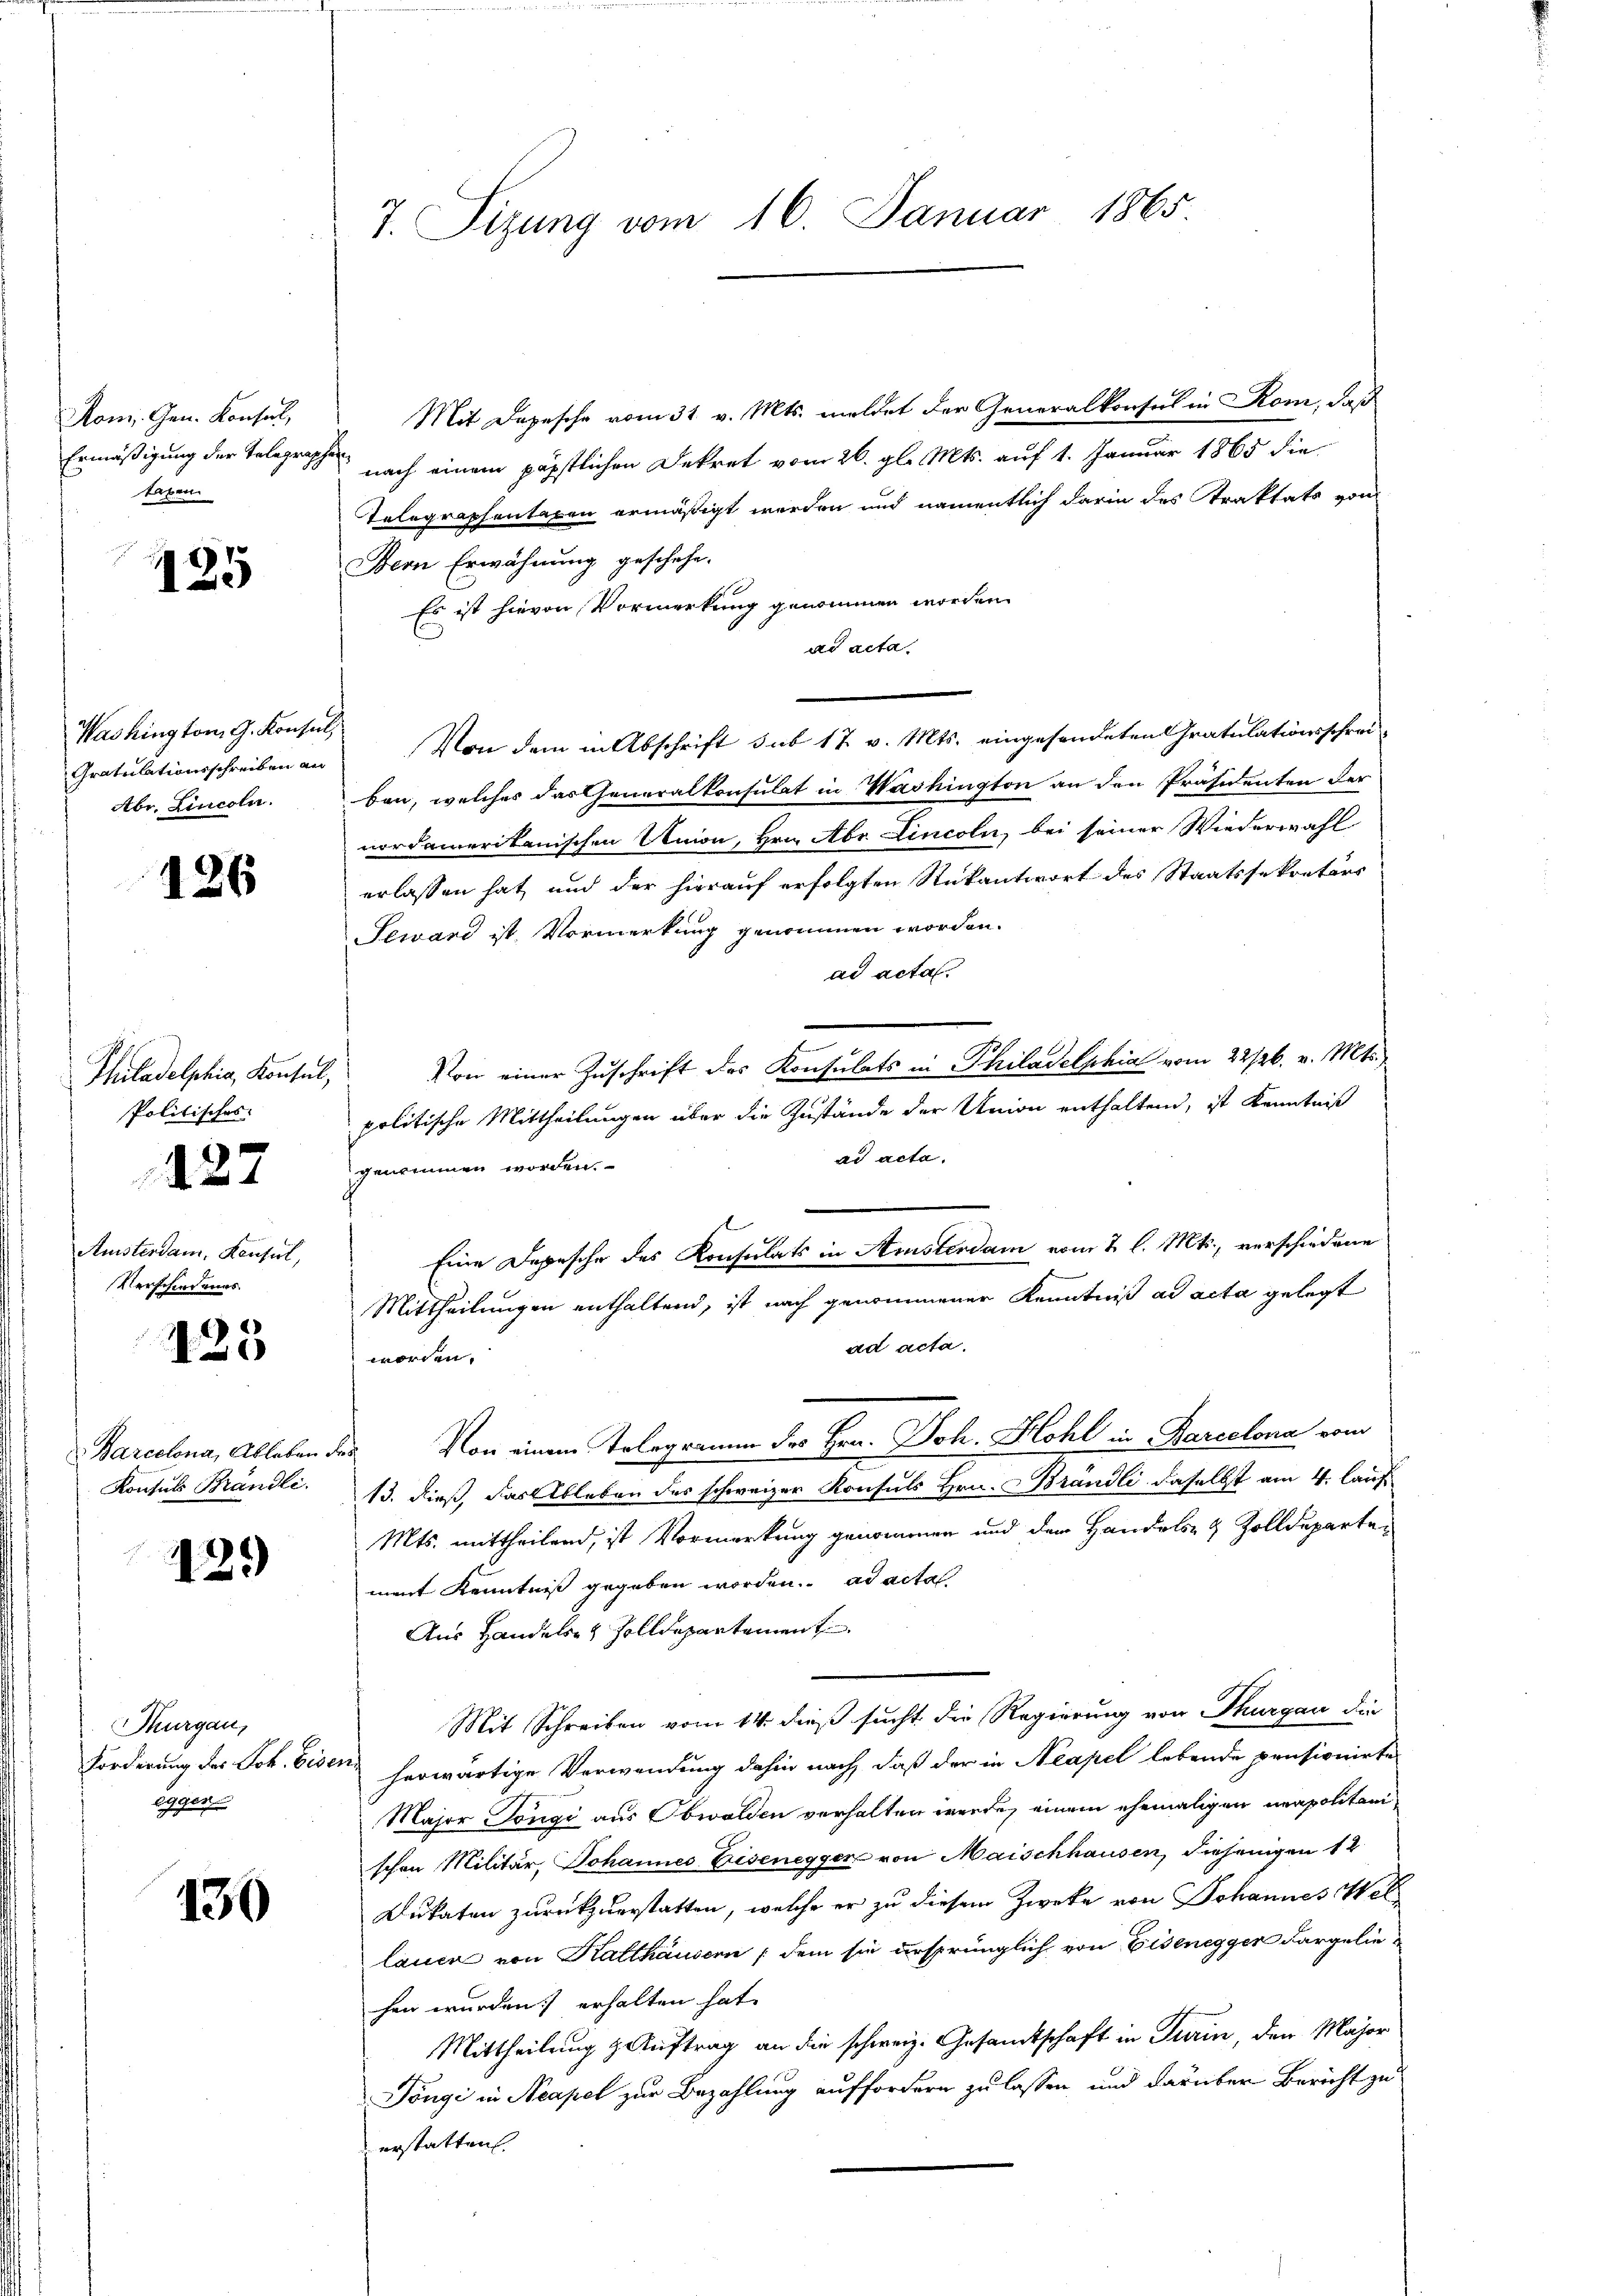
Rom. Gen. Konsul,
Ermäßigung der Telegraphe
taxen

125

Washington G. Konsul,
Gratulationsschreiben an
Abr. Lincoln.

126

Philadelphia, Konsul,
Politisches

127

Anisterdam, Konsul,
Verschiedenes.

125

Barcelona, Ableben
Konsuls Brändli

129

Thurgau,
Forderung des Joh. Bise.
eggen

130

7. Sizung vom 16. Januar 1865

Mit Depesche vom 31. v. Mts. meldet der Generalkonsul in Rom, daß
 nach einem päpstlichen Dekret vom 26. gl. Mts. auf 1. Januar 1865 die
Telegraphentaxen ermäßigt werden und namentlich darin das Traktats von
Bern Erwähnung geschehe.
Es ist hievon Vormerkung genommen worden.
ad acta
Von dem in Abschrift sub 17. v. Mts. eingesendeten Gratulationsschreiben, welches das Generalkonsulat in Washington an den Präsidenten der
nordamerikanischen Union, Hrn. Aber incoln, bei seiner Wiederwahl
erlassen hat, und der hierauf erfolgten Rükantwort des Staatssekretärs
Seward ist. Vormerkung genommen worden.
ad acta.
Von einer Zuschrift des Konsulats in Philadelphia vom 22/26. v. Mts.
politische Mittheilungen über die Zustände der Union enthaltend, ist Kenntniß
ad acta.
genommen worden.
Eine Depesche des Konsulats in Amsterdam vom 2 l. Mts., verschiedene
Mittheilungen enthaltend, ist nach genommener Kenntniß ad acta gelegt
ad acta.
worden.
Von einem Telegramm des Hrn. Joh. Hohl in Barcelona vom
s
13. dieß, das Ableben des schweizer Konsuls Hrn. Brandli daselbst am 4. lauf
Mts. mittheilend, ist Vormerkung genommen und dem Handels- & Zolldepartement Kenntniß gegeben worden. ad acta
Aus Handels- & Zolldepartement
Mit Schreiben vom 14. dieß sucht die Regierung von Thurgau die
2
herwärtige Verwendung dahin nach, daß der in Neapel lebende pensionirte
Major Töngi aus Obwalden verhalten werde, einem ehemaligen neapolitari
schon Militär Johannes Eisenegger von Maischhausen, diejenigen 12
Dukaten zurückzuerstatten, welche er zu diesem Zwecke von Johannes Wel
lauen von Kalthausern (dem sie ursprünglich von Eisenegger dargeliehen wurden. erhalten hat.
Mittheilung z. Auftrag an die schweiz. Gesandtschaft in Turin, den Major
Döngi in Neapel zur Bezahlung auffordern zu lassen und darüber Bericht zu
erstatten.